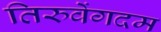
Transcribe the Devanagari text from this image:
तिरुवेंगदम